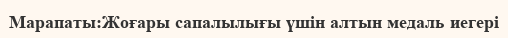
Марапаты:Жоғары сапалылығы үшін алтын медаль иегері